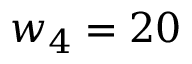
w _ { 4 } = 2 0